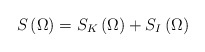
\begin{align*}S\left( \Omega \right) =S_K\left( \Omega \right) +S_I\left( \Omega \right)\end{align*}